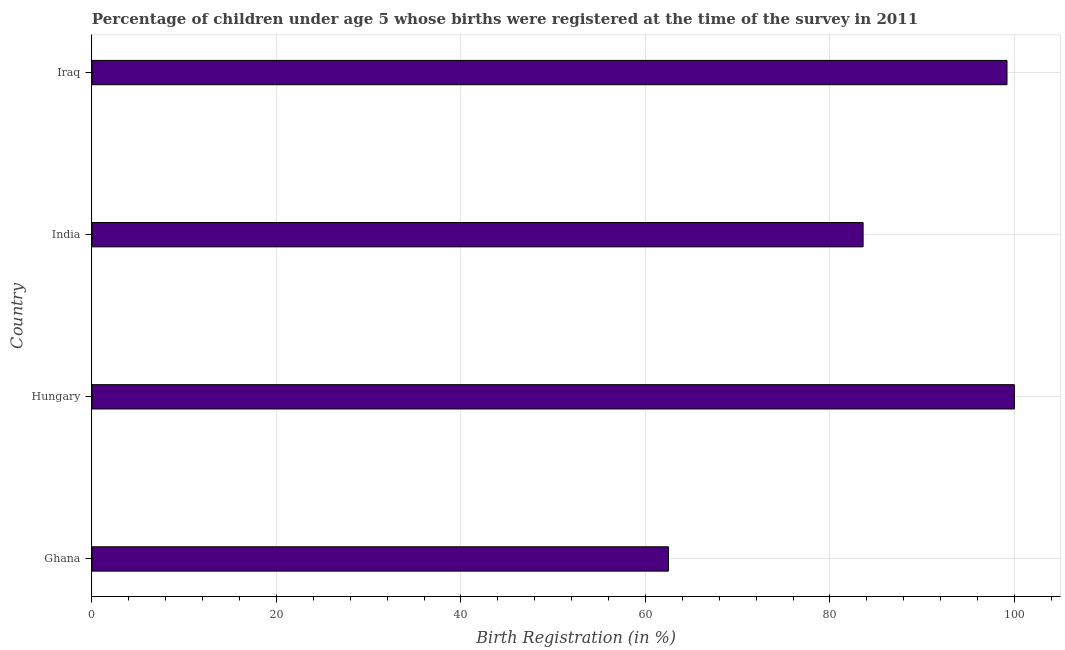
| Country | Birth registration |
 | --- | --- |
 | Ghana | 62.5 |
 | Hungary | 100 |
 | India | 83.6 |
 | Iraq | 99.2 |